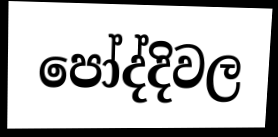
පෝද්දිවල